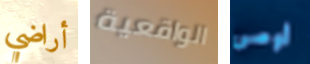
أراضي الواقعية أوصى